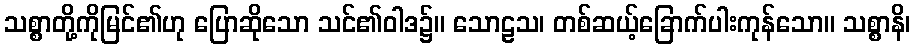
သစ္စာတို့ကိုမြင်၏ဟု ပြောဆိုသော သင်၏ဝါဒ၌။ သောဠသ၊ တစ်ဆယ့်ခြောက်ပါးကုန်သော။ သစ္စာနိ၊